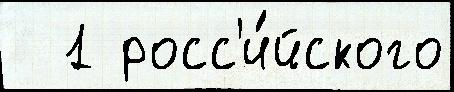
  1 росс'и́йского